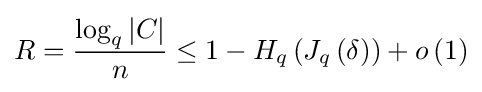
R={\log _{q}{|C|} \over n}\leq 1-H_{q}\left(J_{q}\left(\delta \right)\right)+o\left(1\right)